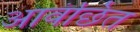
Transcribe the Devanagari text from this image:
आवंछित